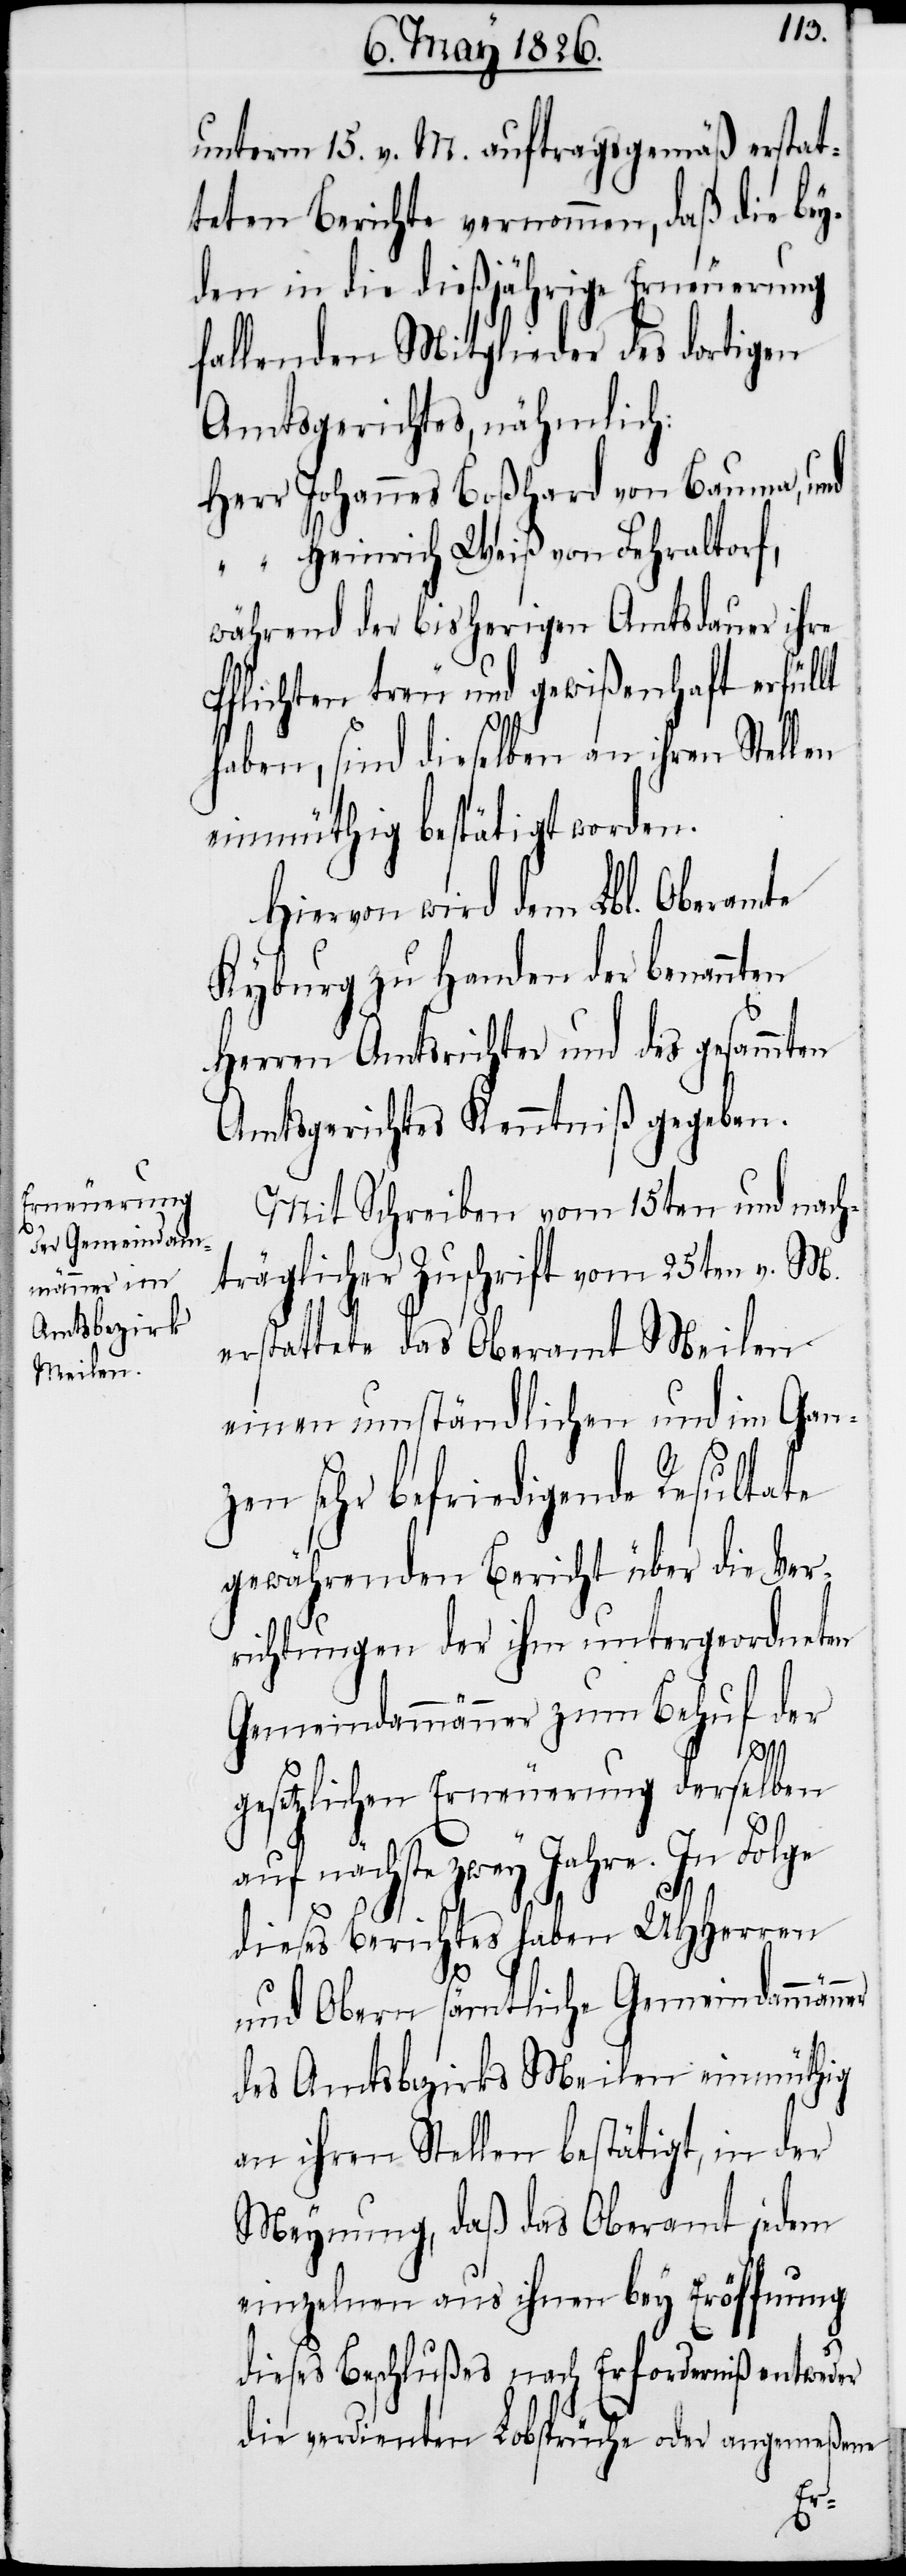
unterm 15. v. M. auftragsgemäß erstat¬
teten Berichte vernommen, daß die bey¬
den in die dießjährige Erneuerung
fallenden Mitglieder des dortigen
Amtsgerichtes, nähmlich:
Herr 	Johannes Boßhard von Bauma, und
“		Heinrich Weiß von Fehraltorf,
während der bisherigen Amtsdauer ihre
Pflichten treu und gewißenhaft erfüllt
haben, sind dieselben an ihren Stellen
einmüthig bestätigt worden.
Hiervon wird dem Lbl. Oberamte
Kyburg zu Handen der benannten
Herrn Amtsrichter und des gesammten
Amtsgerichtes Kenntniß gegeben.
Mit Schreiben vom 15ten und nach¬
träglicher Zuschrift vom 25ten v. M.
erstattete das Oberamt Meilen
einen umständlichen und im Gan¬
zen sehr befriedigende Resultate
gewährenden Bericht über die Ver¬
richtungen der ihm untergeordneten
Gemeindammänner zum Behuf der
gesetzlichen Erneuerung derselben
auf nächste zwey Jahre. In Folge
dieses Berichtes haben UHHerren
und Obern sämtliche Gemeindammänner
des Amtsbezirks Meilen einmüthig
an ihren Stellen bestätigt, in der
Meynung, daß das Oberamt jedem
einzelnen aus ihnen bey Eröffnung
dieses Beschlußes nach Erforderniß entweder
die verdienten Lobsprüche oder angemeßene